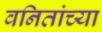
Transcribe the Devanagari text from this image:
वनितांच्या